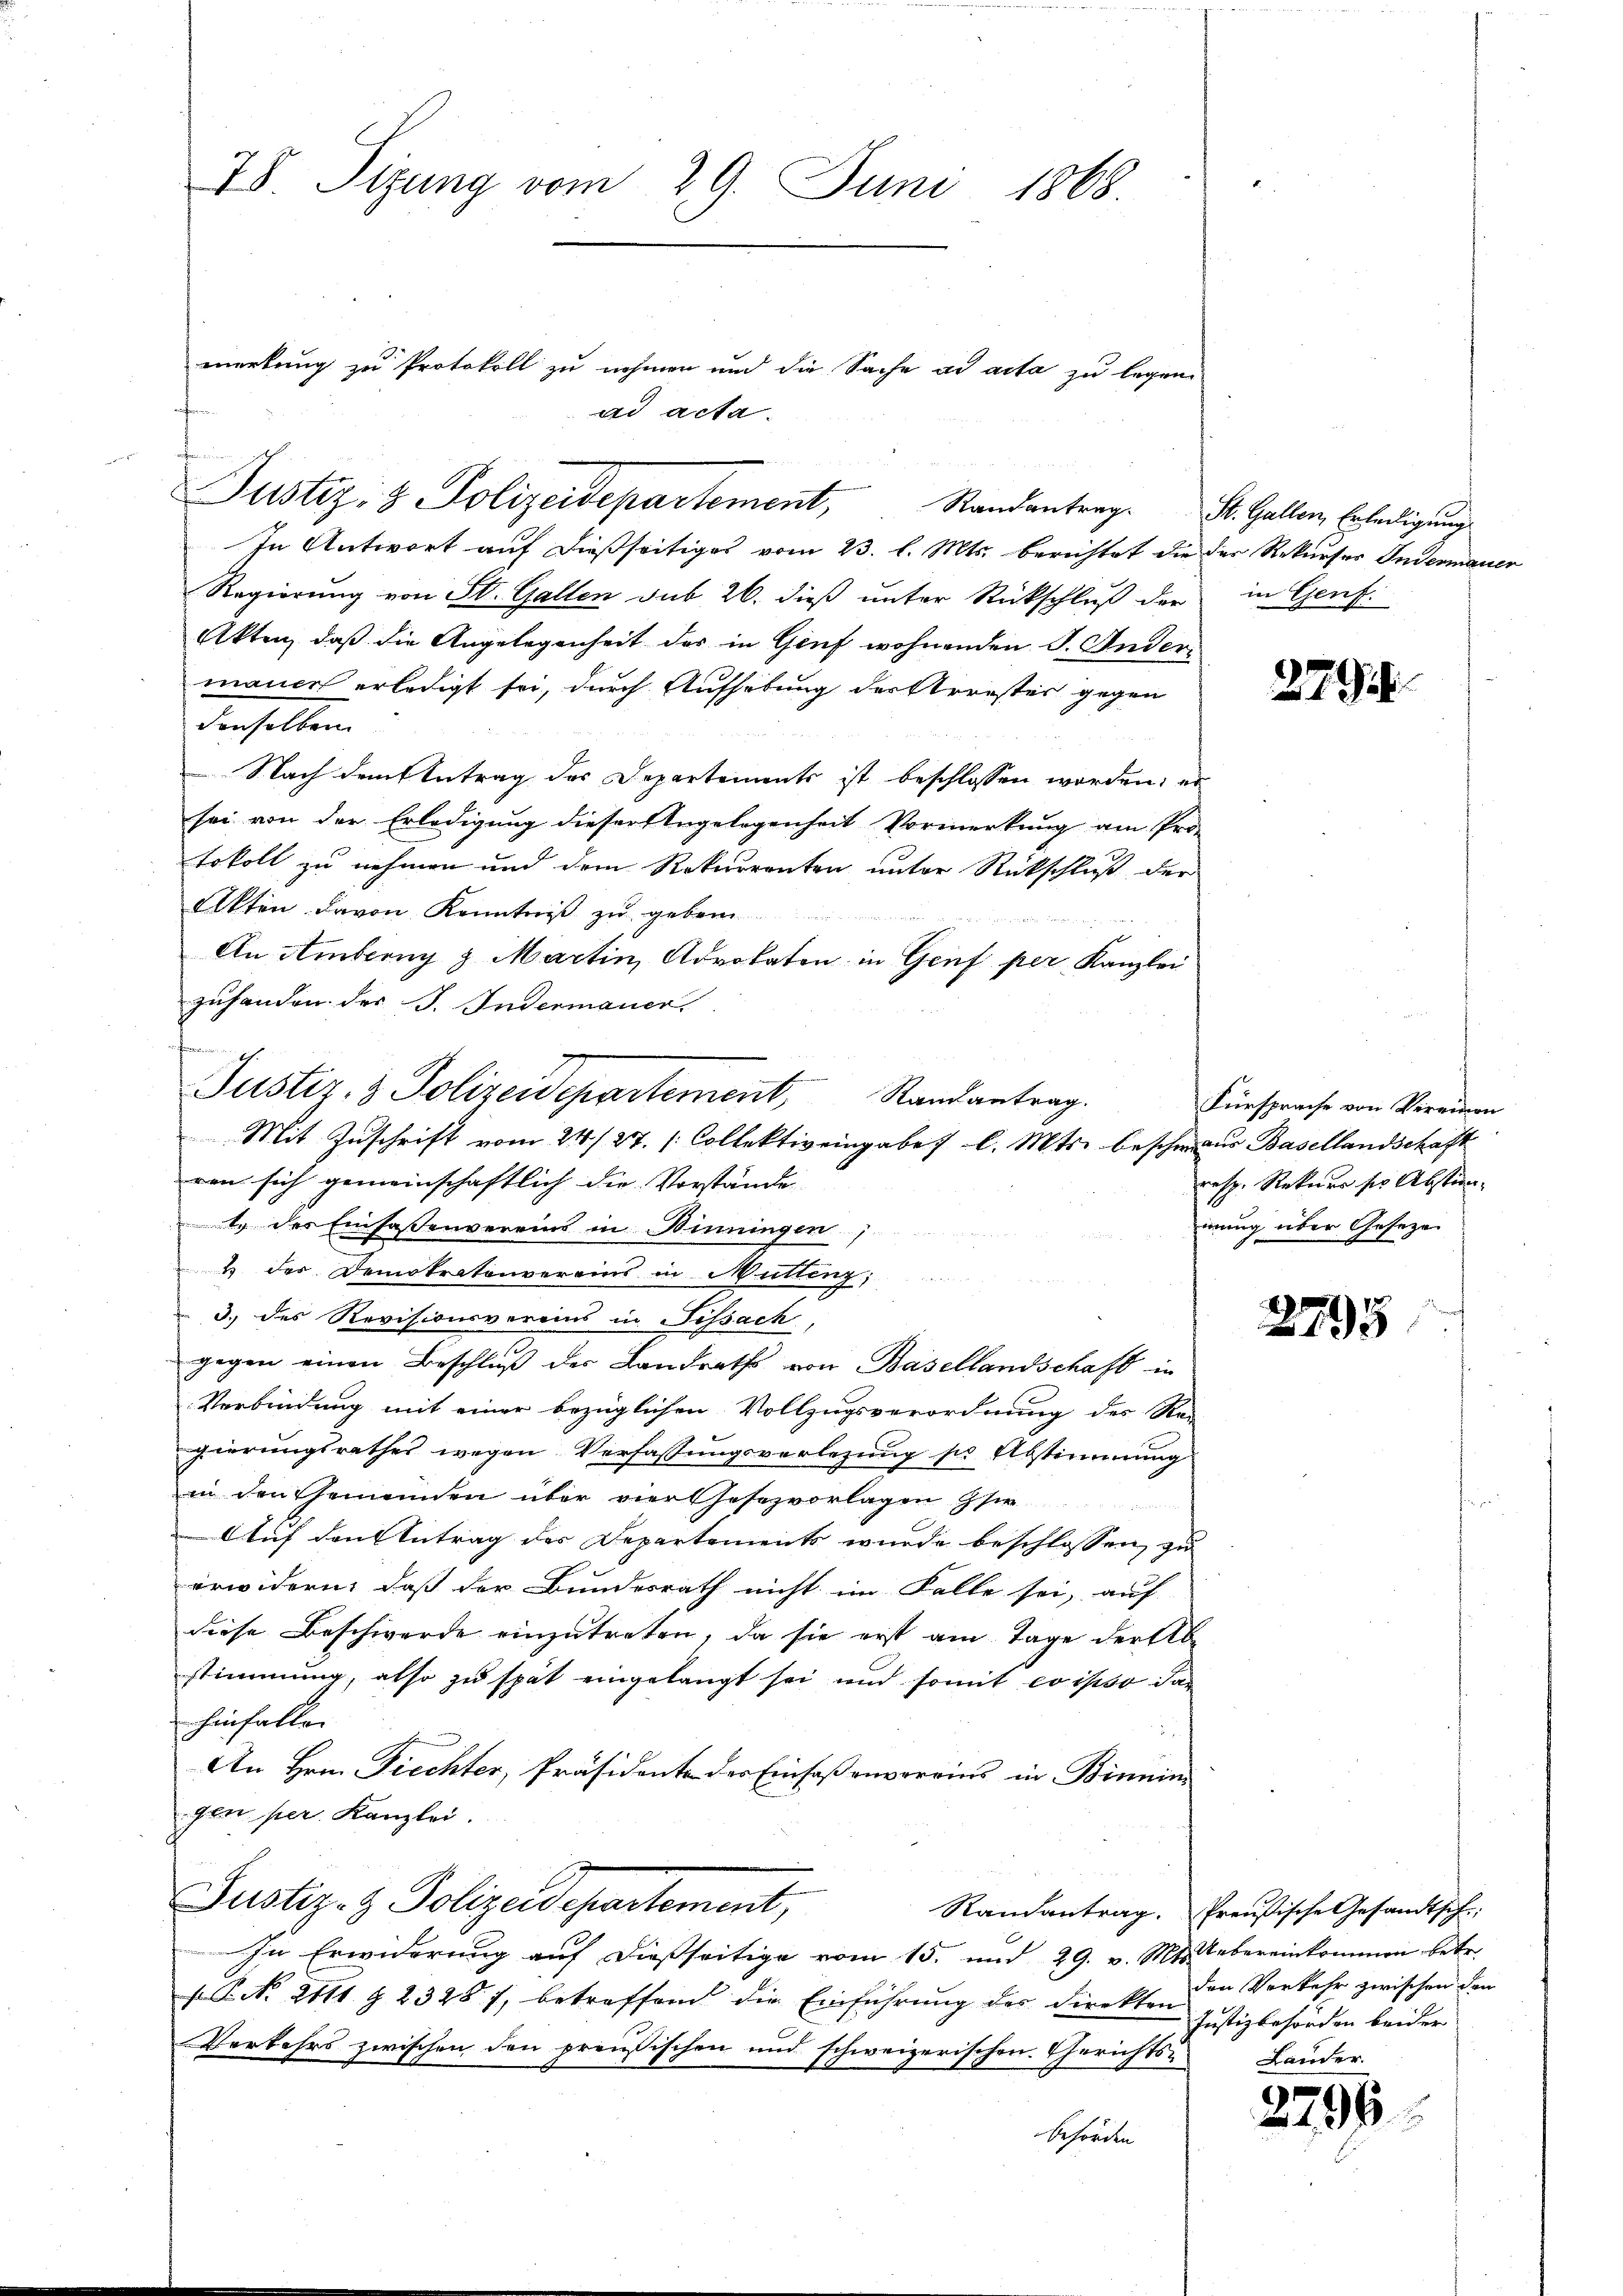
78. Sizung vom 29. Juni 1868.

In Antwort auf dießseitiges vom 23. l. Mts. berichtet die der Rekurses Indermauer
Regierŭng von St. Gallen sub 26. dieβ ŭnter Rückschlŭβ der in Genf.
Akten, daß die Angelegenheit der in Genf wohnenden S. Ander
mauer erledigt sei, durch Aufhebung der Arrester gegen
denselben.
 Nach dem Antrag des Departements ist beschlossen worden, er
sei von der Erledigung dieser Angelegenheit Vormerkung am Pro-
tokoll zu nehmen und dem Rekurrenten unter Rückschluß der
Akten davon Kenntniß zu geben

An Amberg & Martin, Advokaten in Genf per Kanzlei
zuhanden der J. Indermaner,
Randantrag.
Mit Zuschrift vom 24/27. Collektiv eingaber l. Mts. beschmaus Basellandschaft
ren sich gemeinschaftlich die Vorstände
t. des Einsassenvereins in Binningen
1 des Demokratenvereins in Mütteng;
3.) des Revisionsvereins in Fessach
gegen einen Beschluß der Landraths von Basellandschaft in
Verbindung mit einer bezüglichen Vollzugsverordnung des Re-
gierungsrathes wegen Verfassungsverlegung sie Abstimmung
in den Gemeinden über vier Gesezvorlagen sie
Auf den Antrag der Departements wurde beschlossen, zu
erwidern, daß der Bundesrath nicht im Falle sei, auf
diese Beschwerde einzutreten, da sie erst am Tage der Abstimmung, also zu spät eingelangt sei und somit eo ipso dan
hinfalle
An Hrn. Prechter, Präsidente der Einfassenvereins in Binnim
gler per. Kanzlei.
Justiz- & Polizeidepartement,
Randantrag. Preußische Gesandtsch
In Erwiderung auf dießseitige vom 15. und 29. v. Mts. Uebereinkommen betr.
.P. NNo. 2111 § 2328 f., betreffend die Einführung des Direkten Justizbehörden beider
Verkehrs zwischen den preußischen und schweizerischen Gerichts-
Behörden

Justiz- & Polizeidepartement,

ehmen h
Justiz- & Polizeidepartement,

merkung zu Protokoll zu nehmen und die Sache ad acta zu legen.
ad acta.

Randantrag. St. Gallen, Erledigung

279

Fürsprache von Vereinen
resp. Rekurs ser Abstänmung über Geseze

2795

den Vorkehr zwischen den
Lauder.

2795